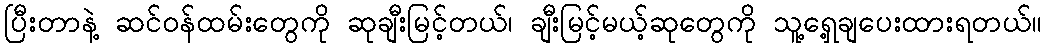
ပြီးတာနဲ့ ဆင်ဝန်ထမ်းတွေကို ဆုချီးမြင့်တယ်၊ ချီးမြင့်မယ့်ဆုတွေကို သူ့ရှေ့ချပေးထားရတယ်။